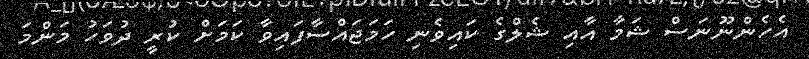
އެހެންނޫނަސް ޝަމާ އާއި ޝެލްގެ ކައިވެނި ހަމަޖައްސާފައިވާ ކަމަށް ކުރީ ދުވަހު މަންމަ